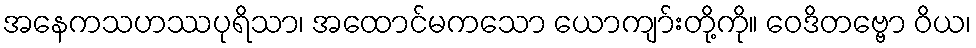
အနေကသဟဿပုရိသာ၊ အထောင်မကသော ယောကျာ်းတို့ကို။ ဝေဒိတဗ္ဗော ဝိယ၊